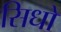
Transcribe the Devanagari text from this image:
सिधो